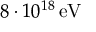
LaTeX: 8 \cdot 1 0 ^ { 1 8 } \, \mathrm { e V }